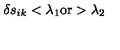
\delta s _ { i k } < \lambda _ { 1 } \mathrm { o r } > \lambda _ { 2 }